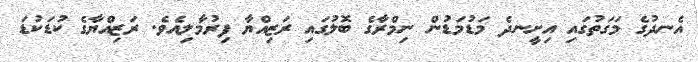
އެނދުގެ މަގަތުގައި އިށީނދެ މަޑުމަޑުން ނިމްރާގެ ބޮލުގައި ރަޒިއްޔާ ފިރުމާލިއެވެ. ރަޒިއްޔާގެ ކުޑަކުޑަ